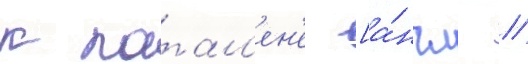
к патал'ен'е [а́нгл. //